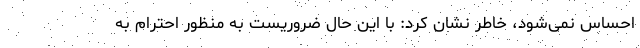
احساس نمی‌شود، خاطر نشان کرد: با این حال ضروریست به منظور احترام به